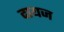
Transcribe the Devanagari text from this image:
दायज